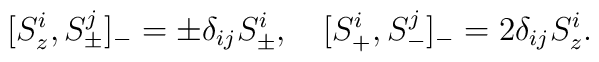
[S\sp i\sb z, S\sp j\sb \pm ]\sb - = \pm\delta\sb{ij}S\sp i\sb \pm ,\quad [S\sp i\sb +, S\sp j\sb - ]\sb - = 2\delta\sb{ij}S\sp i\sb z .